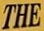
THE